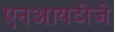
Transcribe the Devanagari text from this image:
एनआयटीजे